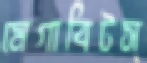
মেগাবিটস